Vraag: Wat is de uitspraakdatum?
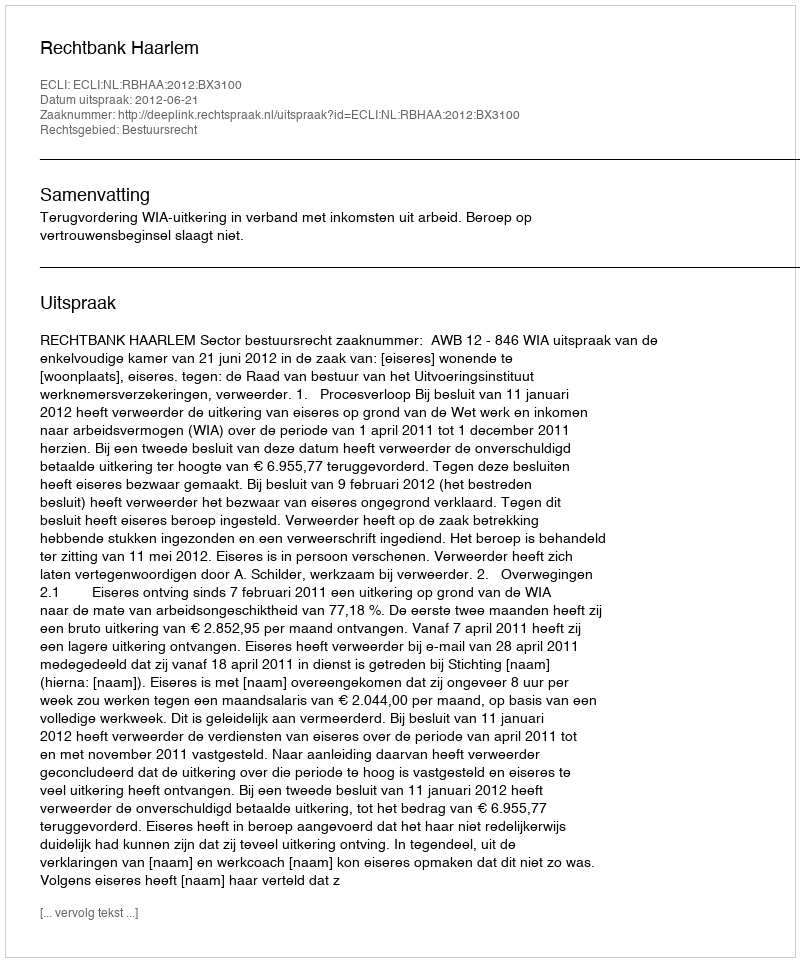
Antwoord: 2012-06-21